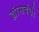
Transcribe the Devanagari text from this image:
ह्यांसबंधी